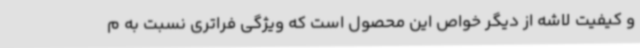
و کیفیت لاشه از دیگر خواص این محصول است که ویژگی فراتری نسبت به م